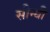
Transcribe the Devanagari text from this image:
सीन्धी